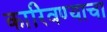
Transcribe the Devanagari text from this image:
कारिवण्याचा